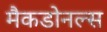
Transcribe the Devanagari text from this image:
मैकडोनल्स